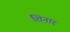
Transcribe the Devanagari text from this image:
शिनार